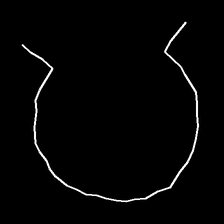
Glyph: weave